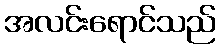
အလင်းရောင်သည်